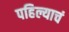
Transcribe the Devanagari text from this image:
पहिल्याचं